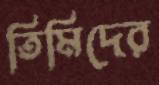
তিমিদের